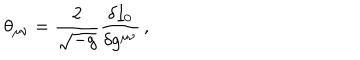
\theta _ { \mu \nu } = \frac { 2 } { \sqrt { - g } } \frac { \delta I _ { 0 } } { \delta g ^ { \mu \nu } } \, ,